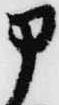
申